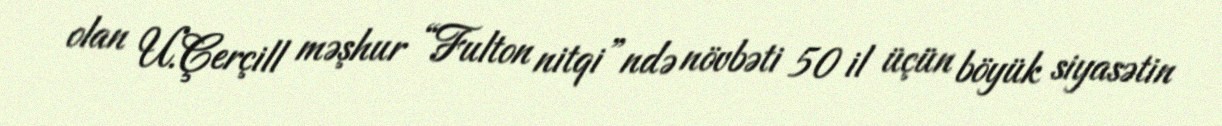
olan U.Çerçill məşhur “Fulton nitqi”ndə növbəti 50 il üçün böyük siyasətin